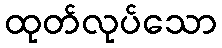
ထုတ်လုပ်သော